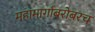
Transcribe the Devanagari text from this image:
महामार्गांबरोबरच